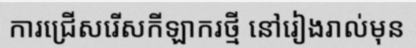
ការជ្រើសរើសកីឡាករថ្មី នៅរៀងរាល់មុន